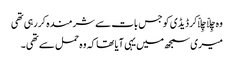
وہ چِلّا چِلّاکر ڈیڈی کو جس بات سے شرمندہ کررہی تھی
میری سمجھ میں یہی آیا تھا کہ وہ حمل سے تھی ۔